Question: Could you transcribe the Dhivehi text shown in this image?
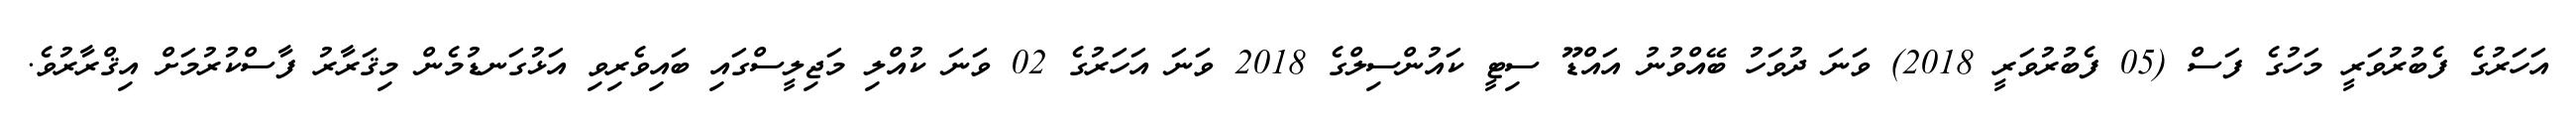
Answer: އަހަރުގެ ފެބުރުވަރީ މަހުގެ ފަސް (05 ފެބުރުވަރީ 2018) ވަނަ ދުވަހު ބޭއްވުނު އައްޑޫ ސިޓީ ކައުންސިލްގެ 2018 ވަނަ އަހަރުގެ 02 ވަނަ ކުއްލި މަޖިލީސްގައި ބައިވެރިވި އަޅުގަނޑުމެން މިޤަރާރު ފާސްކުރުމަށް އިޤްރާރުވެ.